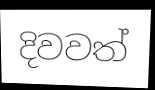
දිවවත්